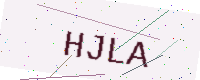
Text: HJLA